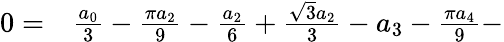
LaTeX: \begin{array}{rl}{0=}&{{}\frac{a_{0}}{3}-\frac{\pi a_{2}}{9}-\frac{a_{2}}{6}+\frac{\sqrt{3}a_{2}}{3}-a_{3}-\frac{\pi a_{4}}{9}-}\end{array}